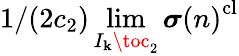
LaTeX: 1/(2c_{2})\operatorname*{lim}_{I_{\mathbf{k}}\toc_{2}}\boldsymbol{\sigma}{(n)}^{\mathrm{{cl}}}